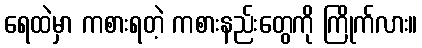
ရေထဲမှာ ကစားရတဲ့ ကစားနည်းတွေကို ကြိုက်လား။